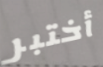
أختبر